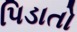
પિડાતો